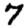
Digit: 7